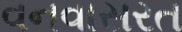
વનવાસરત